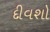
દીવશો